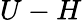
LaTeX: U-H